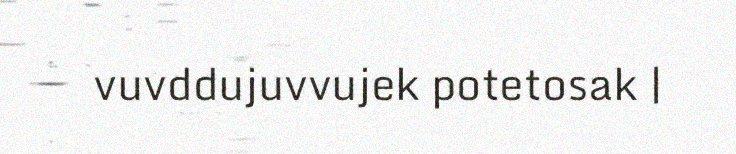
vuvddujuvvujek potetosak |